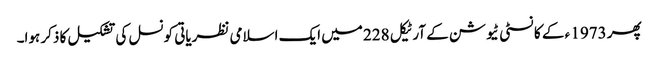
پھر 1973 ء کے کانسٹی ٹیوشن کے آرٹیکل 228 میں ایک اسلامی نظریاتی کونسل کی تشکیل کا ذکر ہوا۔